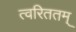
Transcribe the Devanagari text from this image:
त्वरिततम्